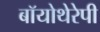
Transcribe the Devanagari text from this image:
बॉयोथेरेपी